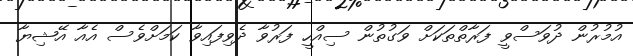
އުމުރުން ދުވަސްވީ ފަރާތްތަކަށް ވަގުތުން ސިއްހީ ފަރުވާ ދެވިފައިވާ ކަމަށްވެސް އެއާ އޭޝިޔާ